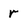
Character: r